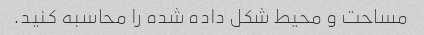
مساحت و محیط شکل داده شده را محاسبه کنید.